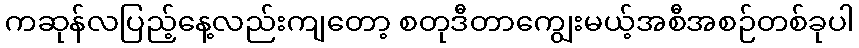
ကဆုန်လပြည့်နေ့လည်းကျတော့ စတုဒီတာကျွေးမယ့်အစီအစဉ်တစ်ခုပါ